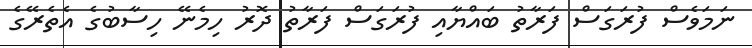
ނަމަވެސް ފުރަގަސް ފަރާތު ބައްޔާއި ފުރަގަސް ފަރާތު ދޮރު ހިމެނޭ ހިސާބުގެ އެތެރޭގެ